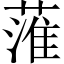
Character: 𦹏